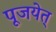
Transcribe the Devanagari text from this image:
पूजयेत्